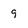
Character: 9